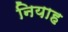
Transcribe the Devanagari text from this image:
नियाह